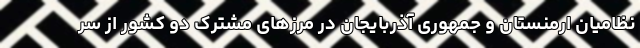
نظامیان ارمنستان و جمهوری آذربایجان در مرزهای مشترک دو کشور از سر